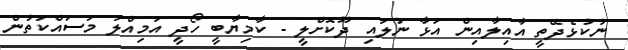
ނުކުޅެދޭތީ އާއިލާއިން އަޅާ ނުލައި ދޫކޮށްލީ - ކާމިޔާބީ ހޯދީ އަމިއްލަ މަސައްކަތުން